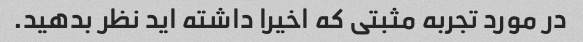
در مورد تجربه مثبتی که اخیرا داشته اید نظر بدهید.